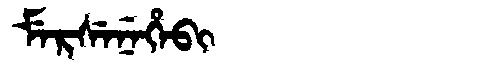
Manchu: ᠮᡝᡵᠰᡝᠨᡝᡥᡝᠪᡳ
Romanization: MERSENEHEBI